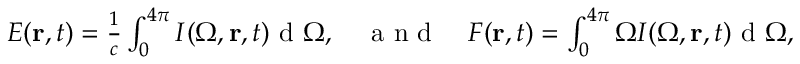
\begin{array} { r } { E ( \mathbf r , t ) = \frac { 1 } { c } \int \displaylimits _ { 0 } ^ { 4 \pi } I ( { \Omega } , \mathbf r , t ) \textrm { d } { \Omega } , \quad \textrm { a n d } \quad F ( \mathbf r , t ) = \int \displaylimits _ { 0 } ^ { 4 \pi } \Omega I ( { \Omega } , \mathbf r , t ) \textrm { d } { \Omega } , } \end{array}